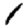
Digit: 1